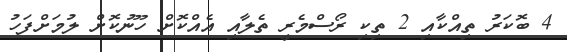
4 ބޮކަރު ތިއްކާއި 2 ތިކި ރޯސްމެރީ ތެލާއި އެއްކޮށް ހޫނުކޮށް ލުމަށްފަހު